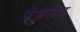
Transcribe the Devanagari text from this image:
पंजरीय